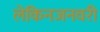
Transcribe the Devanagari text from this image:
लेकिनजनवरी